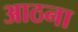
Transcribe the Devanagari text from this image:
आठना